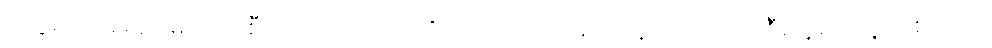
သွေးပုပ်အရည်များ ယိုစီးသကဲ့သို ပကတိကပင် ကောဓ၊ ဥပနာဟ အားကြီးသူမှာ သူတစ်ပါးက